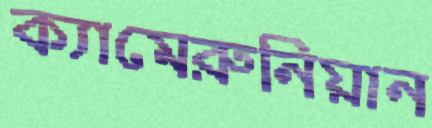
ক্যামেরুনিয়ান